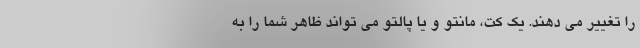
را تغییر می دهند. یک کت، مانتو و یا پالتو می تواند ظاهر شما را به